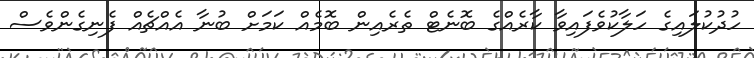
ހުދުކުލައިގެ ހަލާކުވެފައިވާ ކާރެއްގެ ބޮނެޓް ތެރެއިން ބޮމެއް ކަމަށް ބުނާ އެއްޗެއް ފެނިގެންވެސް